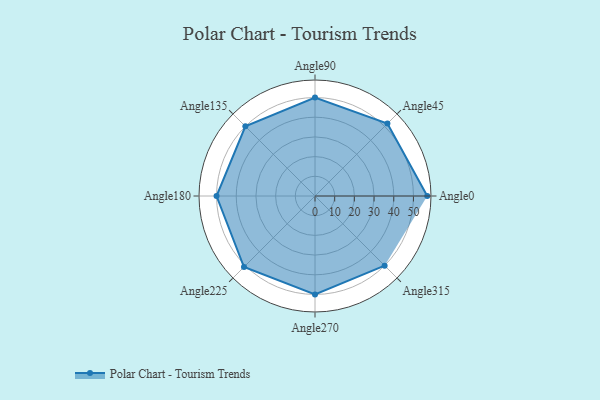
{"axis": {"x": "Angle", "y": "Radius"}, "legend": [""], "data": [{"x": "Angle0", "y": 57.0, "type": ""}, {"x": "Angle45", "y": 52.0, "type": ""}, {"x": "Angle90", "y": 50, "type": ""}, {"x": "Angle135", "y": 50.0, "type": ""}, {"x": "Angle180", "y": 50, "type": ""}, {"x": "Angle225", "y": 51.0, "type": ""}, {"x": "Angle270", "y": 50, "type": ""}, {"x": "Angle315", "y": 50, "type": ""}]}